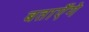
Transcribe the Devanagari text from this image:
बताएँगे